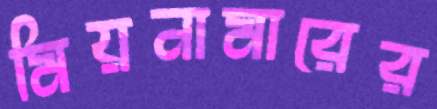
মিয়নামারের